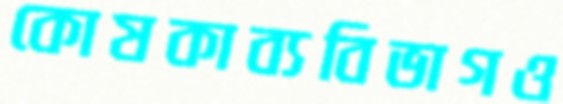
কোষকাব্যবিভাগও